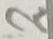
Text: 2